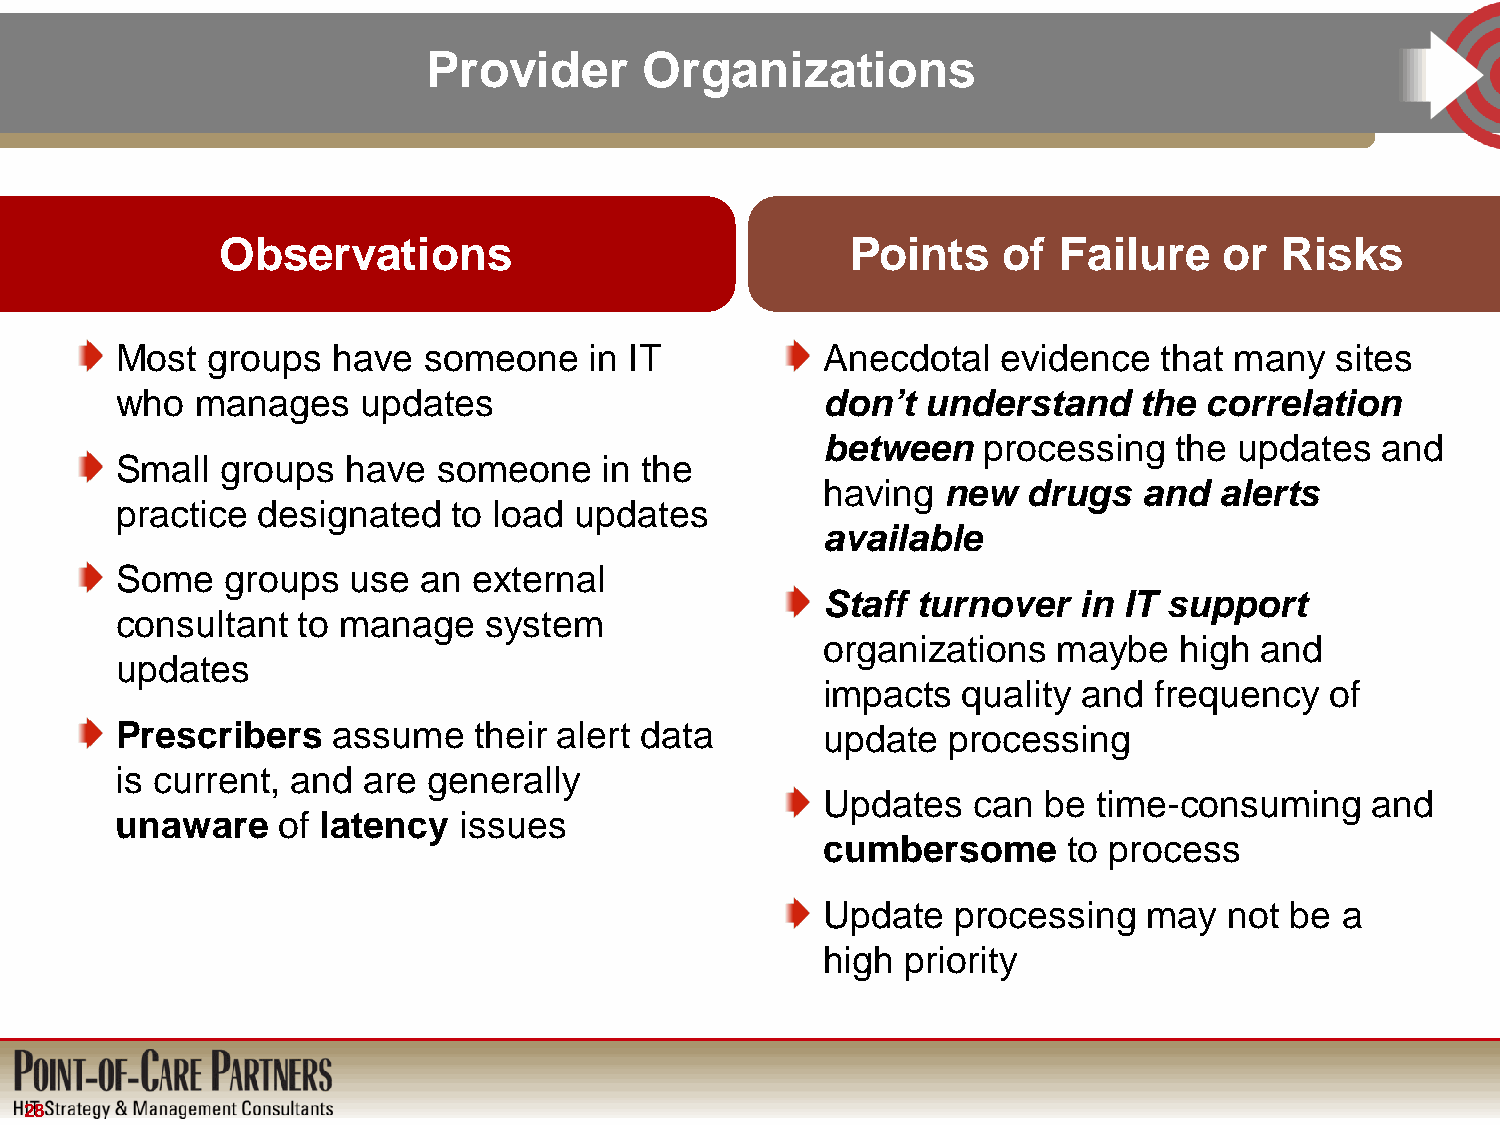
Provider       Organizations
 Observations                              Points    of  Failure    or  Risks
 \
 Most  groups  have  someone    in IT          Anecdotal   evidence   that many  sites
 who  manages    updates                       don’t  understand    the  correlation
 between    processing   the updates  and
 Small  groups  have  someone    in the
 having  new   drugs   and  alerts
 practice designated   to load updates
 available
 Some   groups  use  an external
 Staff  turnover  in IT support
 consultant  to manage   system
 organizations   maybe   high and
 updates
 impacts   quality and frequency   of
 Prescribers   assume   their alert data       update   processing
 is current, and are generally
 Updates   can  be  time-consuming    and
 unaware   of latency  issues
 cumbersome       to process
 Update   processing   may  not be  a
 high  priority
 28